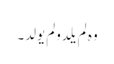
وہ لم یلدولم یولد۔